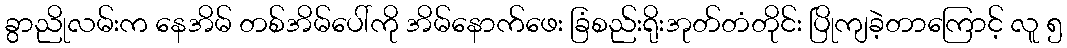
ခွာညိုလမ်းက နေအိမ် တစ်အိမ်ပေါ်ကို အိမ်နောက်ဖေး ခြံစည်းရိုးအုတ်တံတိုင်း ပြိုကျခဲ့တာကြောင့် လူ ၅